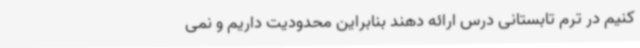
کنیم در ترم تابستانی درس ارائه دهند بنابراین محدودیت داریم و نمی